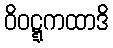
ဝိဝဋ္ဋကထာဒိ